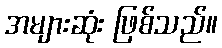
အများဆုံး ဖြစ်သည်။